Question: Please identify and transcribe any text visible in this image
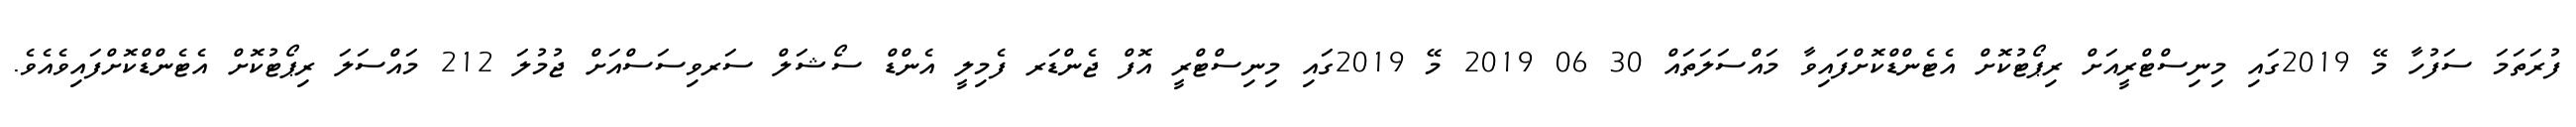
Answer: ފުރަތަމަ ސަފުހާ މޭ 2019ގައި މިނިސްޓްރީއަށް ރިޕޯޓުކޮށް އެޓެންޑްކޮށްފައިވާ މައްސަލަތައް 30 06 2019 މޭ 2019ގައި މިނިސްޓްރީ އޮފް ޖެންޑަރ ފެމިލީ އެންޑް ސޯޝަލް ސަރވިސަސްއަށް ޖުމުލަ 212 މައްސަލަ ރިޕޯޓުކޮށް އެޓެންޑްކޮށްފައިވެއެވެ.